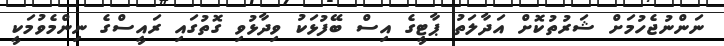
ނަންނުޖެހުމަށް ޝަރުތުކޮށް އަދާލަތު ޕާޓީގެ އިސް ބޭފުޅަކު ވިދާޅުވި ގޮތުގައި ރައީސްގެ ނިންމެވުމަކީ